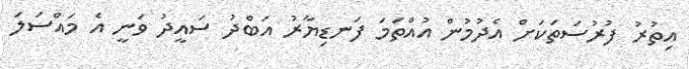
އިތުރު ފުރުސަތަކަށް އެދުމުން އުއްތަމަ ފަނޑިޔާރު އަބްދު ސައީދު ވަނީ އެ މައްސަލަ